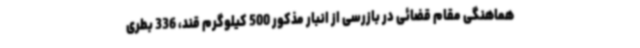
هماهنگی مقام قضائی در بازرسی از انبار مذکور 500 کیلوگرم قند، 336 بطری